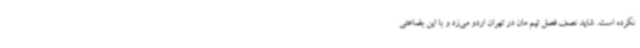
نکرده است. شاید نصف فصل تیم مان در تهران اردو می‌زد و با این بضاعتی